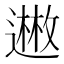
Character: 𬩊